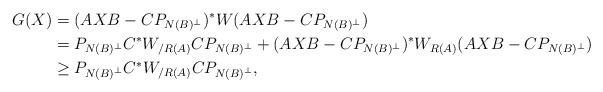
LaTeX: \begin{align*}G(X)&=(AXB-CP_{N(B)^{\perp}})^{*}W(AXB-CP_{N(B)^{\perp}})\\&=P_{N(B)^{\perp}}C^*W_{/R(A)}CP_{N(B)^{\perp}}+(AXB-CP_{N(B)^{\perp}})^{*}W_{R(A)}(AXB-CP_{N(B)^{\perp}})\\&\geq P_{N(B)^{\perp}}C^*W_{/R(A)}CP_{N(B)^{\perp}},\end{align*}